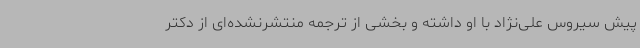
پیش سیروس علی‌نژاد با او داشته و بخشی از ترجمه منتشرنشده‌ای از دکتر